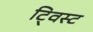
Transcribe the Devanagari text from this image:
टि्वस्ट